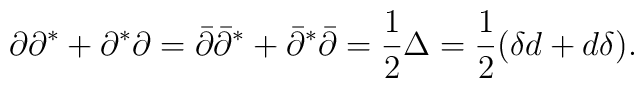
\partial \partial^*+\partial^*\partial =\bar \partial \bar \partial^*+\bar \partial^*\bar \partial=\frac 12 \Delta =\frac 12 (\delta d+d\delta ).\nonumber